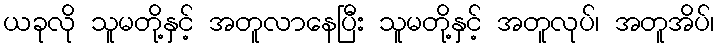
ယခုလို သူမတို့နှင့် အတူလာနေပြီး သူမတို့နှင့် အတူလုပ်၊ အတူအိပ်၊